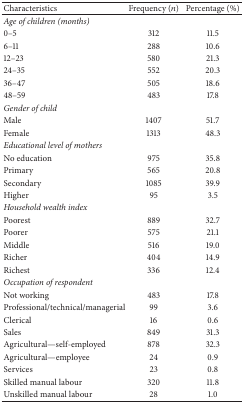
| Characteristics | Frequency (n) | Percentage (%) |
 | --- | --- | --- |
 | Age of children (months) |  |  |
 | 0–5 | 312 | 11.5 |
 | 6–11 | 288 | 10.6 |
 | 12–23 | 580 | 21.3 |
 | 24–35 | 552 | 20.3 |
 | 36–47 | 505 | 18.6 |
 | 48–59 | 483 | 17.8 |
 | Gender of child |  |  |
 | Male | 1407 | 51.7 |
 | Female | 1313 | 48.3 |
 | Educational level of mothers |  |  |
 | No education | 975 | 35.8 |
 | Primary | 565 | 20.8 |
 | Secondary | 1085 | 39.9 |
 | Higher | 95 | 3.5 |
 | Household wealth index |  |  |
 | Poorest | 889 | 32.7 |
 | Poorer | 575 | 21.1 |
 | Middle | 516 | 19.0 |
 | Richer | 404 | 14.9 |
 | Richest | 336 | 12.4 |
 | Occupation of respondent |  |  |
 | Not working | 483 | 17.8 |
 | Professional/technical/managerial | 99 | 3.6 |
 | Clerical | 16 | 0.6 |
 | Sales | 849 | 31.3 |
 | Agricultural—self-employed | 878 | 32.3 |
 | Agricultural—employee | 24 | 0.9 |
 | Services | 23 | 0.8 |
 | Skilled manual labour | 320 | 11.8 |
 | Unskilled manual labour | 28 | 1.0 |